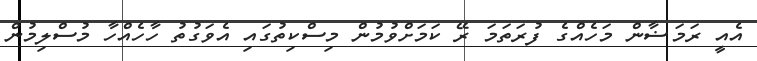
އެއީ ރަމަޟާން މަހެއްގެ ފުރަތަމަ ރޭ ކަމަށްވުމުން މިސްކިތުގައި އެވަގުތު ހާހެއްހާ މުސްލިމުން